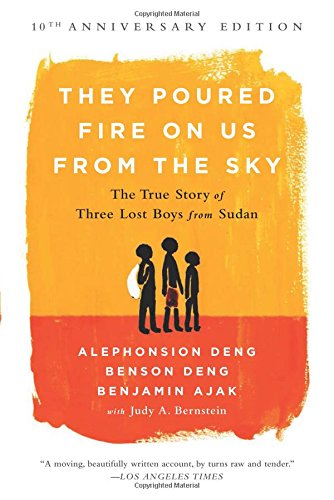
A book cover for They Poured Fire on Us From the Sky: The True Story of Three Lost Boys from Sudan; Benjamin Ajak; Biographies & Memoirs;